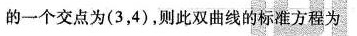
一个交点为(3，4)，则此双曲线的标准方程为